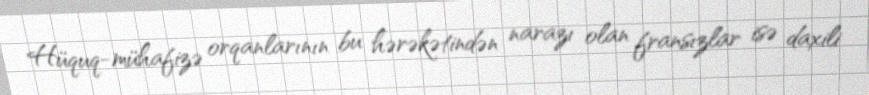
Hüquq-mühafizə orqanlarının bu hərəkətindən narazı olan fransızlar isə daxili